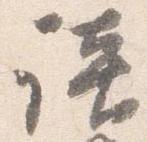
談